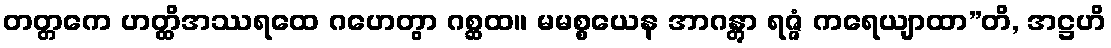
တတ္တကေ ဟတ္ထိအဿရထေ ဂဟေတွာ ဂစ္ဆထ။ မမစ္စယေန အာဂန္တွာ ရဇ္ဇံ ကရေယျာထာ”တိ, အဋ္ဌဟိ